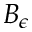
B _ { \epsilon }